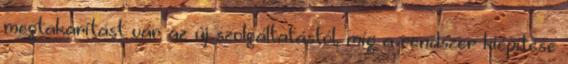
megtakarítást vár az új szolgáltatástól, míg a rendszer kiépítése